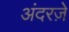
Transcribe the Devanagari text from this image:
अंदरज़े